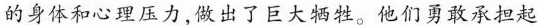
的身体和心理压力，做出了巨大牺牲。他们勇敢承担起